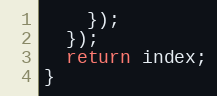
Language: JavaScript
    });
  });
  return index;
}